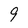
Character: 9